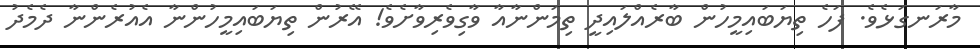
މާރަނގަޅެވެ. ފަހެ ތިޔަބައިމީހުން ބާރެއްލައިދީ ތިމަންނާއާ ވާގިވެރިވާށެވެ! އޭރުން ތިޔަބައިމީހުންނާ އެއުރެންނާ ދެމެދު